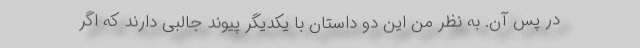
در پس آن. به نظر من این دو داستان با یکدیگر پیوند جالبی دارند که اگر